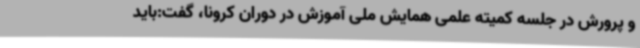
و پرورش در جلسه کمیته علمی همایش ملی آموزش در دوران کرونا، گفت:باید